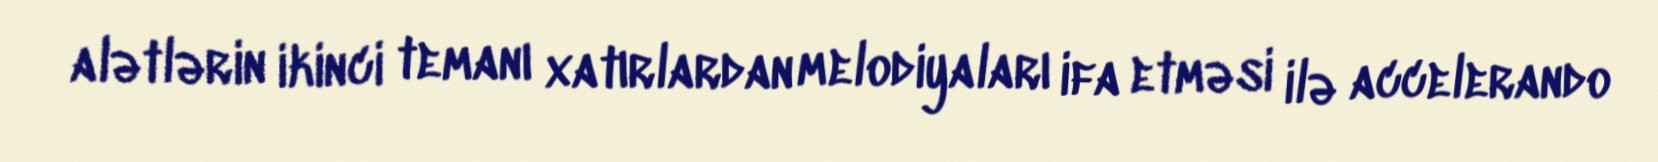
alətlərin ikinci temanı xatırlardan melodiyaları ifa etməsi ilə accelerando